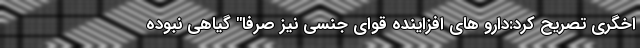
اخگری تصریح کرد:دارو های افزاینده قوای جنسی نیز صرفا" گیاهی نبوده